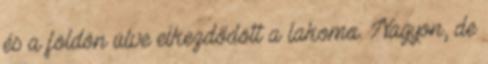
és a földön ülve elkezdődött a lakoma. Nagyon, de